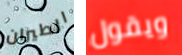
الطيران ويقول